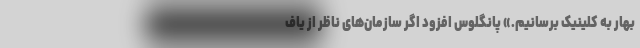
بهار به کلینیک برسانیم.» پانگلوس افزود اگر سازمان‌های ناظر از یاف